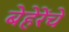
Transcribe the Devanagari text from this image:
बेहेरेंचे